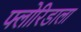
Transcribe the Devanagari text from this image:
फ्लोरिडाला